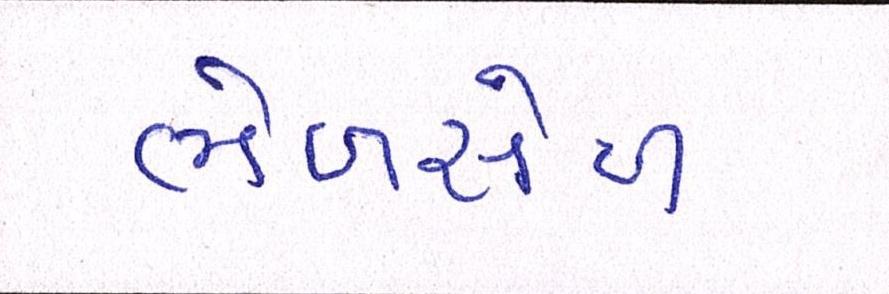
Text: ભેળસેળ